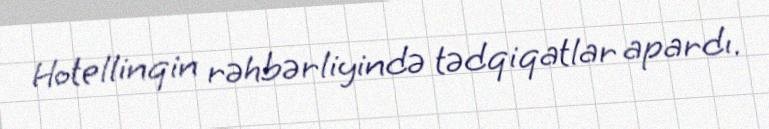
Hotellinqin rəhbərliyində tədqiqatlar apardı.